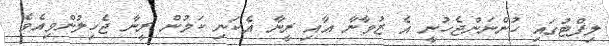
ލިފްޓުގައި ހުންނަންޖެހުނީ އެ ޒުވާނާ އާއި ރީނާ އެކަނި ކަމުން ރީނާ ޖެހިލުންވިއެވެ